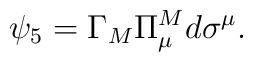
\psi_5 = \Gamma_M \Pi^M_{\mu} d\sigma^{\mu}.